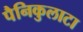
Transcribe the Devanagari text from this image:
पैनिकुलाटा